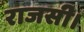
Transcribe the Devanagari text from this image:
राजसी।